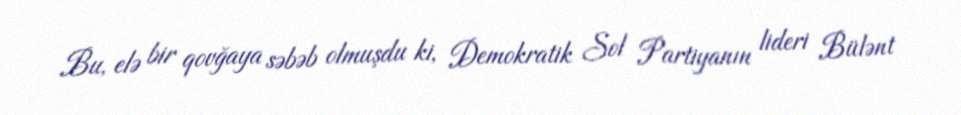
Bu, elə bir qovğaya səbəb olmuşdu ki, Demokratik Sol Partiyanın lideri Bülənt